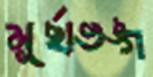
মূর্ছাভঙ্গ